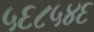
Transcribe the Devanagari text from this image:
५६८५४६